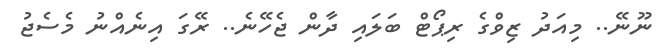
ނޫނޭ.. މިއަދު ޒިވްގެ ރިޕޯޓް ބަލައި ދާން ޖެހޭނެ.. ރޭގަ އިނެއްނު މެސެޖު